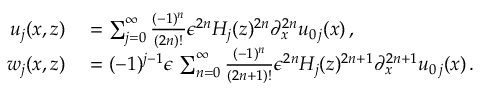
\begin{array} { r l } { u _ { j } ( x , z ) } & { { } = \sum _ { j = 0 } ^ { \infty } \frac { ( - 1 ) ^ { n } } { ( 2 n ) ! } \epsilon ^ { 2 n } { H _ { j } } ( z ) ^ { 2 n } \partial _ { x } ^ { 2 n } u _ { 0 \, j } ( x ) \, , } \\ { w _ { j } ( x , z ) } & { { } = ( - 1 ) ^ { j - 1 } \epsilon \, \sum _ { n = 0 } ^ { \infty } \frac { ( - 1 ) ^ { n } } { ( 2 n + 1 ) ! } \epsilon ^ { 2 n } H _ { j } ( z ) ^ { 2 n + 1 } \partial _ { x } ^ { 2 n + 1 } u _ { 0 \, j } ( x ) \, . } \end{array}